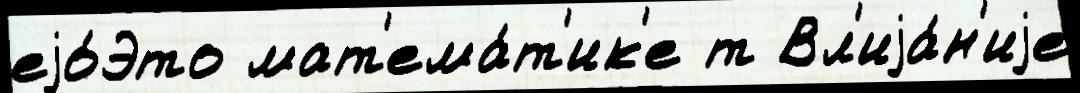
еjо́Это мат'ема́т'ик'е т Вл'иjа́н'иjе